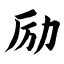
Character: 励